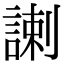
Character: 𧩲